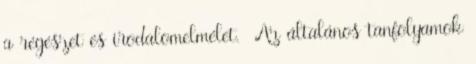
a régészet és irodalomelmélet. Az általános tanfolyamok